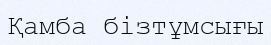
Қамба бізтұмсығы